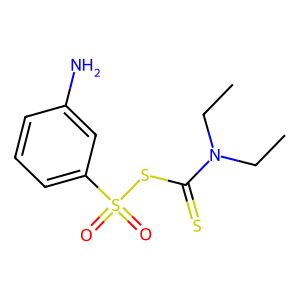
SMILES: CCN(CC)C(=S)SS(=O)(=O)c1cccc(N)c1
Inhibits HIV replication: No